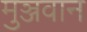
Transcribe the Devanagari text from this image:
मुञ्जवान